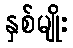
နှစ်မျိုး